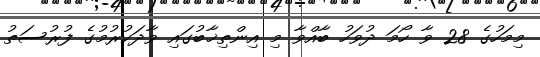
މިމަހުގެ 28 ވާ ހޯމަ ދުވަހު ބާއްވާ މި އިންތިޚާބުގައި ވާދަކުރުމުގެ ފުރުސަތު